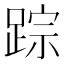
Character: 踪